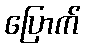
ပြောက်